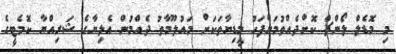
މި މޮޑެލް ލޯންޗް ކޮށްދެއްވުމަށްފަހު މީޑިޔާތަކަށް މައުލޫމާތު ދެއްމުން އެލިޔާގެ ޝަރިއްޔާ ކޮމެޓީގެ